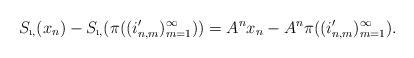
LaTeX: \begin{align*}S_{\i,\tt}(x_n)-S_{\i,\tt}(\pi_{\tt}((i_{n,m}')_{m=1}^{\infty}))=A^nx_n-A^n\pi_{\tt}((i_{n,m}')_{m=1}^{\infty}).\end{align*}